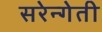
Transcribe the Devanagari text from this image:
सरेन्गेती